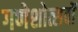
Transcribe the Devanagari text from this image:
गणेशोत्सवों